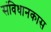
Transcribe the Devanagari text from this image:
संविधानकास